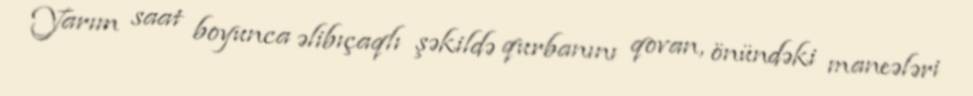
Yarım saat boyunca əlibıçaqlı şəkildə qurbanını qovan, önündəki maneələri